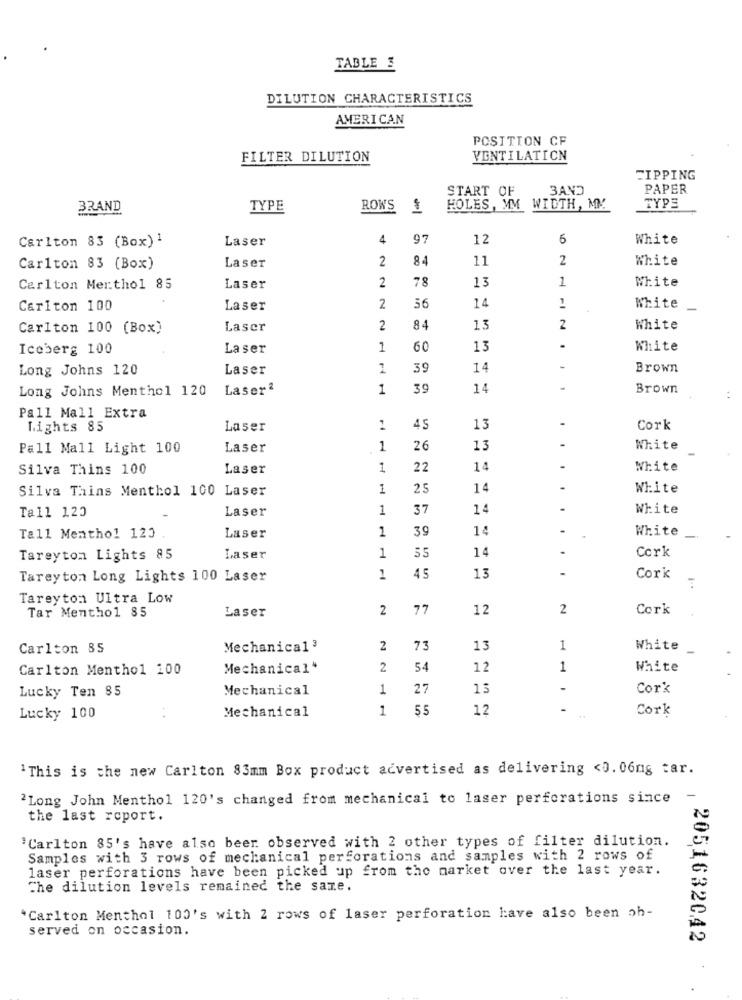
TABLE 3
DILUTION CHARACTERISTICS
AMERICAN
POSITION CF
FILTER DILUTION
VENTILATION
CIPPING
START OF
3AND
PAPER
BRAND
TYPE
ROWS
HOLES, MM WIDTH, MY.
TYPE
Carlton 83 (Box) 1
Laser
4
97
12
6
White
2
11
2
White
Carlton 83 (Box)
Laser
2
78
13
1
White
Carlton Merthol 85
Laser
14
Carlton 100
Laser
2
56
1
White
Carlton 100 (Box)
Laser
2
84
13
2
White
Iceberg 100
Laser
1
60
13
White
Long Johns 120
Laser
1
39
14
-
Brown
Long Johns Menthol 120
Laser2
1
39
14
Brown
Pall Mall Extra
-
Lights 85
Laser
1
4 5
13
Cork
Pall Mall Light 100
Laser
1
26
13
White
Silva Thins 100
Laser
1
22
14
White
Silva Thins Menthol 100 Laser
1
25
14
White
Tall 120
Laser
1
37
14
White
1
39
14
-
Tall Menthol 123
Laser
White
1
14
Tareytom Lights 85
Laser
Cork
13
-
Tareyton Long Lights 100 Laser
1
45
Cork
Tareyton Ultra Low
Tar Menthol 85
Laser
2
77
12
2
Cork
Carlton 85
Mechanical3
2
73
13
1
White-
Carlton Menthol 100
Mechanical*
2
54
12
1
White
Lucky Ten 85
Mechanical
1
27
15
-
Cork
Mechanical
1
55
12
-
Cork
Lucky 100
"This is the new Carlton 83mm Box product advertised as delivering <0.06ng tar.
"Long John Menthol 120's changed from mechanical to laser perforations since
the last roport.
'Carlton 85's have also beer observed with 2 other types of filter dilution.
Samples with 3 rows of mechanical perforations and samples with 2 rows of
laser perforations have been picked up from the market over the last year.
The dilution levels remained the same.
"Carlton Menthol 100's with 2 rows of laser perforation have also been oh-
served on occasion.
2051632042